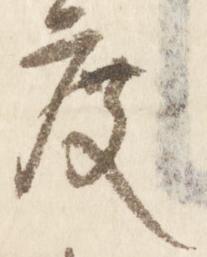
度